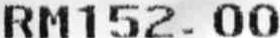
RM152.00